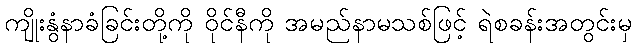
ကျိုးနွံနာခံခြင်းတို့ကို ဝိုင်နီကို အမည်နာမသစ်ဖြင့် ရဲစခန်းအတွင်းမှ